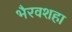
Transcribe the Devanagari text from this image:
भैरवशहा